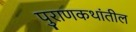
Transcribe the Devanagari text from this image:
पुराणकथांतील